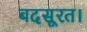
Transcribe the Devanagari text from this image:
बदसूरत।